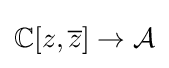
{\mathbb {C} }[z,{\overline {z}}]\rightarrow {\mathcal {A}}